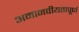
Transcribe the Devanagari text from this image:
अमानवीयतापूर्ण